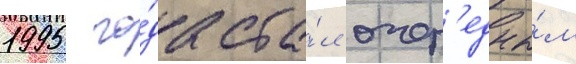
1995 го́да ста́л очер'едны́м